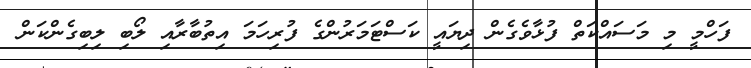
ފަހްމީ މި މަސައްކަތް ފުޅާވެގެން ދިޔައީ ކަސްޓަމަރުންގެ ފުރިހަމަ އިތުބާރާއި ލޯބި ލިބިގެންކަން